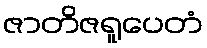
ဇာတိဇရူပေတံ